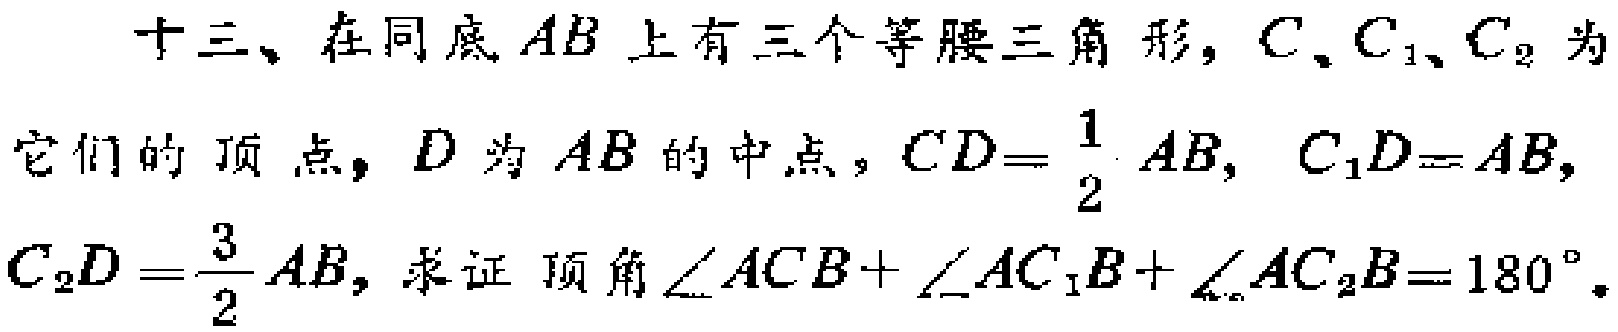
十三、在同底 \(AB\) 上有三个等腰三角形，\(C\)、\(C_1\)、\(C_2\) 为它们的顶点，\(D\) 为 \(AB\) 的中点，\(CD = \frac{1}{2}AB\)，\(C_1D = AB\)，\(C_2D=\frac{3}{2}AB\)，求证 顶角\(\angle ACB + \angle AC_1B+\angle AC_2B = 180^{\circ}\)。